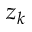
z _ { k }